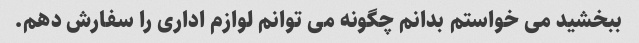
ببخشید می خواستم بدانم چگونه می توانم لوازم اداری را سفارش دهم.